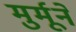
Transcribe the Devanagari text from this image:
मुर्मूने